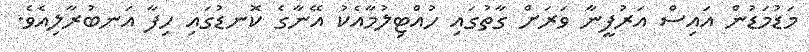
މަޑުމަޑުން އައިސް އަރުފީނާ ވަރަށް ގާތުގައި ހުއްޓިލުމާއެކު އޭނާގެ ކޮނޑުގައި ހިފާ އަނބުރާލިއެވެ.